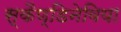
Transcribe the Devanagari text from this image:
स्कैण्डिनेविया